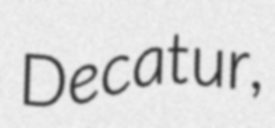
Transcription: Decatur,